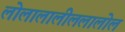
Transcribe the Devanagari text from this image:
लोलालालीललालोल